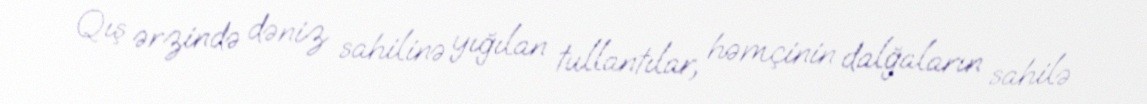
Qış ərzində dəniz sahilinə yığılan tullantılar, həmçinin dalğaların sahilə